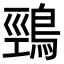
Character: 鵛